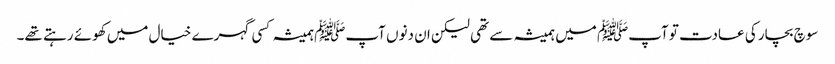
سوچ بچار کی عادت تو آپﷺ میں ہمیشہ سے تھی لیکن ان دنوں آپﷺ ہمیشہ کسی گہرے خیال میں کھوئے رہتے تھے۔